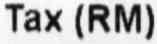
TAX (RM)